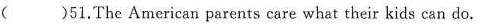
( )51.The American parents care what their kids can do.